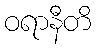
ဝရာနီတိ